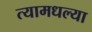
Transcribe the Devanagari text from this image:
त्यामधल्या